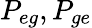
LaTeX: P_{eg},P_{ge}